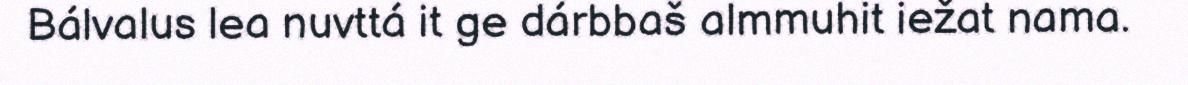
Bálvalus lea nuvttá it ge dárbbaš almmuhit iežat nama.